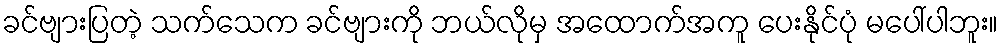
ခင်ဗျားပြတဲ့ သက်သေက ခင်ဗျားကို ဘယ်လိုမှ အထောက်အကူ ပေးနိုင်ပုံ မပေါ်ပါဘူး။